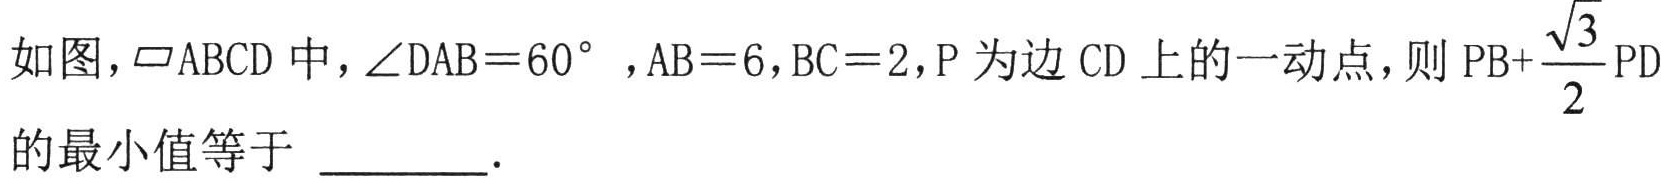
如图，$\parallelogram ABCD$中，$\angle DAB = 60^{\circ}$，$AB = 6$，$BC = 2$，$P$为边$CD$上的一动点，则$PB + \dfrac{\sqrt{3}}{2}PD$的最小值等于  .